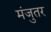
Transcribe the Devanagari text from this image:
मंजुतर